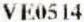
VE0514